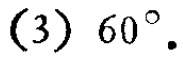
(3) \(60^{\circ}\)